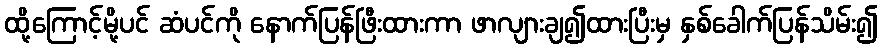
ထို့ကြောင့်မို့ပင် ဆံပင်ကို နောက်ပြန်ဖြီးထားကာ ဖာလျားချ၍ထားပြီးမှ နှစ်ခေါက်ပြန်သိမ်း၍